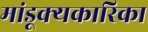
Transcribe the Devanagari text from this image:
मांडूक्यकारिका